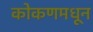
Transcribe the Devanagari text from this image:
कोकणमधून